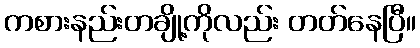
ကစားနည်းတချို့ကိုလည်း တတ်နေပြီ။